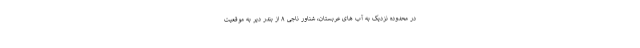
در محدوده نزدیک به آب های عربستان، شناور ناجی ۸ از بندر دیر به موقعیت